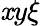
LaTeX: \mathit{x}y\xi